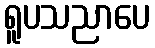
ရူပသညာပေ